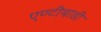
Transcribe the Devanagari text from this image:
एण्टीबाडी